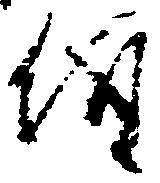
儀